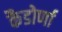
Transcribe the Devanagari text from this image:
कैडोर्णा